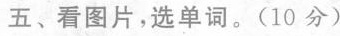
五、看图片，选单词。(10分)